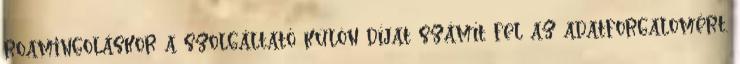
roamingoláskor a szolgáltató külön díjat számít fel az adatforgalomért.